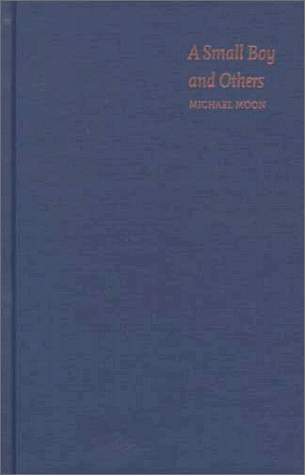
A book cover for A Small Boy and Others: Imitation and Initiation in American Culture from Henry James to Andy Warhol (Series Q); Michael Moon; Gay & Lesbian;